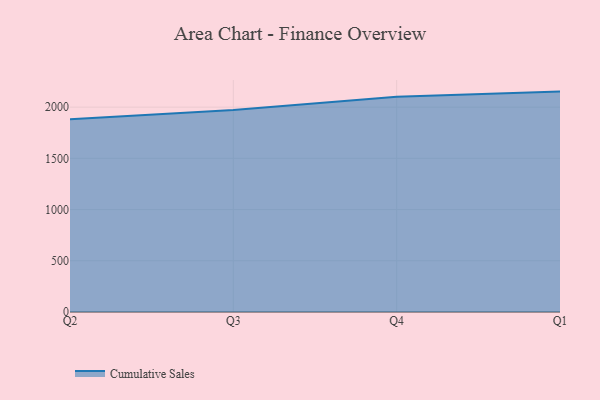
{"axis": {"x": "Quarter", "y": "Page Views"}, "legend": ["Cumulative Sales"], "data": [{"x": "Q2", "y": 1881.9, "type": "Cumulative Sales"}, {"x": "Q3", "y": 1972.5, "type": "Cumulative Sales"}, {"x": "Q4", "y": 2101.0, "type": "Cumulative Sales"}, {"x": "Q1", "y": 2151.7, "type": "Cumulative Sales"}]}